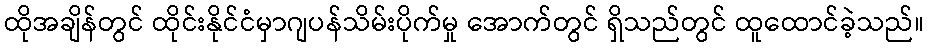
ထိုအချိန်တွင် ထိုင်းနိုင်ငံမှာဂျပန်သိမ်းပိုက်မှု အောက်တွင် ရှိသည်တွင် ထူထောင်ခဲ့သည်။